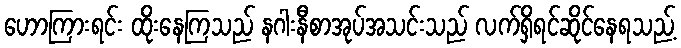
ဟောကြားရင်း ထိုးနေကြသည် နဂါးနီစာအုပ်အသင်းသည် လက်ရှိရင်ဆိုင်နေရသည့်